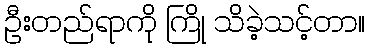
ဦးတည်ရာကို ကြို သိခဲ့သင့်တာ။